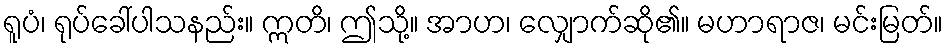
ရူပံ၊ ရုပ်ခေါ်ပါသနည်း။ ဣတိ၊ ဤသို့။ အာဟ၊ လျှောက်ဆို၏။ မဟာရာဇ၊ မင်းမြတ်။